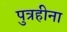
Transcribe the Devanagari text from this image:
पुत्रहीना